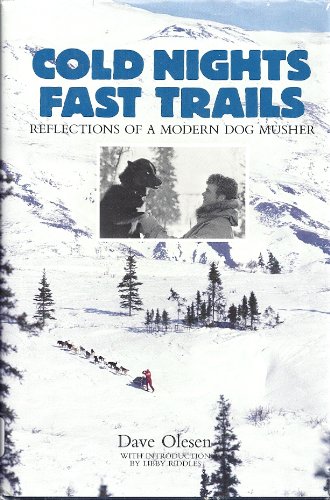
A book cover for Cold Nights: Fast Trails : Reflections of a Modern Dog Musher; Dave Olesen; Sports & Outdoors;